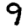
Digit: 9